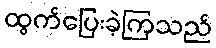
ထွက်ပြေးခဲ့ကြသည်